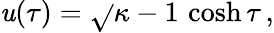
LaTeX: \mathit{u}(\tau)=\sqrt{}{{\kappa-1}}\, \cosh\tau\, ,